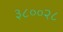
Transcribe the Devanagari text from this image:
३८००२८